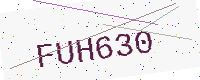
Text: FUH630